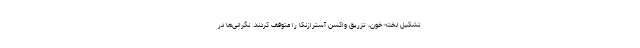
تشکیل لخته خون، تزریق واکسن آسترازنکا را متوقف کردند. نگرانی‌ها در